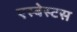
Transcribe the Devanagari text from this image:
एस्‍बेस्‍टस